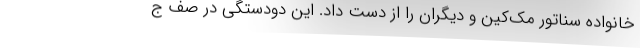
خانواده سناتور مک‌کین و دیگران را از دست داد. این دودستگی در صف ج